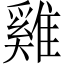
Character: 雞